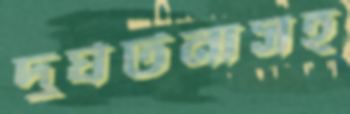
দুর্ঘটনাসহ